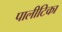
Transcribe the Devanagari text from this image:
पालीटिका